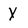
Character: y